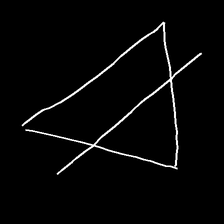
Glyph: empower